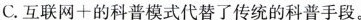
C.互联网+的科普模式代替了传统的科普手段。